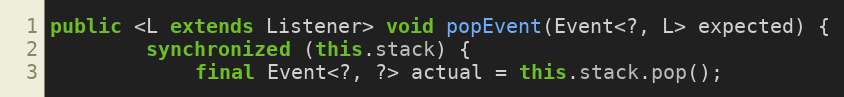
Language: Java
public <L extends Listener> void popEvent(Event<?, L> expected) {
        synchronized (this.stack) {
            final Event<?, ?> actual = this.stack.pop();